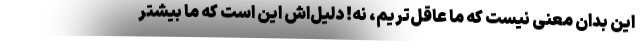
این بدان معنی نیست که ما عاقل‌تریم، نه! دلیل‌اش این است که ما بیشتر